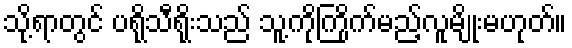
သို့ရာတွင် ပရိုသီရိုးသည် သူ့ကိုကြိုက်မည့်လူမျိုးမဟုတ်။